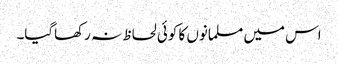
اس میں مسلمانوں کا کوئی لحاظ نہ رکھاگیا۔